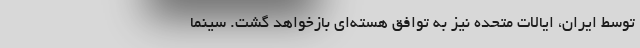
توسط ایران، ایالات متحده نیز به توافق هسته‌ای بازخواهد گشت. سینما